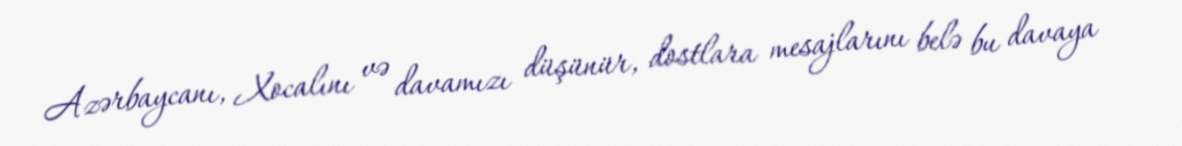
Azərbaycanı, Xocalını və davamızı düşünür, dostlara mesajlarını belə bu davaya